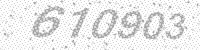
Solution: 610903